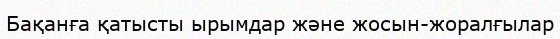
Бақанға қатысты ырымдар және жосын-жоралғылар